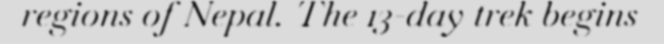
regions of Nepal. The 13-day trek begins